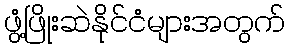
ဖွံ့ဖြိုးဆဲနိုင်ငံများအတွက်